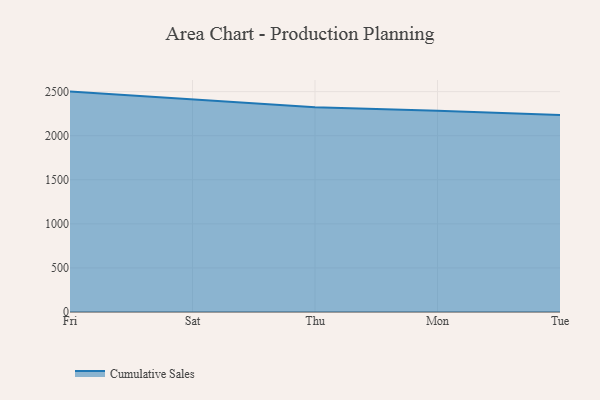
{"axis": {"x": "Day", "y": "Net Income (USD K)"}, "legend": ["Cumulative Sales"], "data": [{"x": "Fri", "y": 2500.3, "type": "Cumulative Sales"}, {"x": "Sat", "y": 2412.1, "type": "Cumulative Sales"}, {"x": "Thu", "y": 2322.9, "type": "Cumulative Sales"}, {"x": "Mon", "y": 2284.0, "type": "Cumulative Sales"}, {"x": "Tue", "y": 2235.9, "type": "Cumulative Sales"}]}